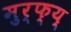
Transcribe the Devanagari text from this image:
मुर्फ्य्